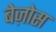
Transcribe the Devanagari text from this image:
बेज़ोस